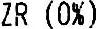
ZR (0%)